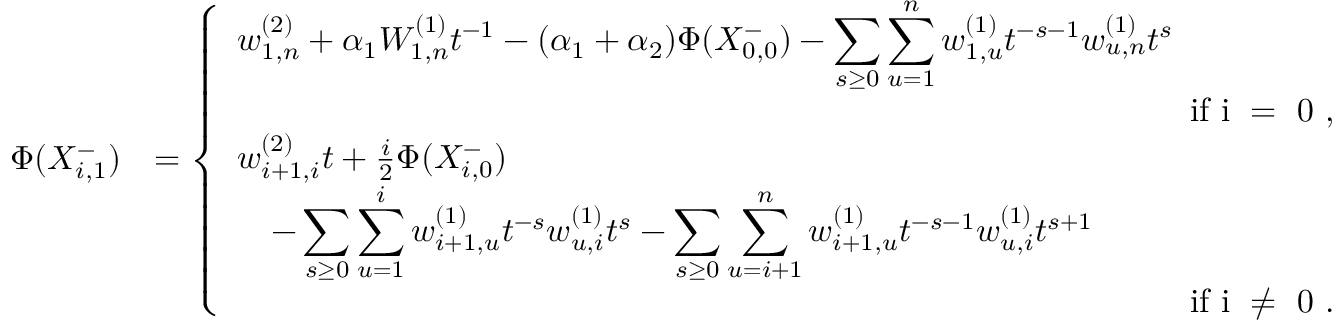
\begin{array} { r l } { \Phi ( X _ { i , 1 } ^ { - } ) } & { = \left\{ \begin{array} { l l } { w _ { 1 , n } ^ { ( 2 ) } + \alpha _ { 1 } W _ { 1 , n } ^ { ( 1 ) } t ^ { - 1 } - ( \alpha _ { 1 } + \alpha _ { 2 } ) \Phi ( X _ { 0 , 0 } ^ { - } ) - \displaystyle \sum _ { s \geq 0 } \displaystyle \sum _ { u = 1 } ^ { n } w _ { 1 , u } ^ { ( 1 ) } t ^ { - s - 1 } w _ { u , n } ^ { ( 1 ) } t ^ { s } } \\ { \qquad \qquad \qquad \qquad \qquad \qquad \qquad \qquad \qquad \qquad \qquad \qquad \qquad \qquad \mathrm { ~ i f ~ i ~ = ~ 0 ~ } , } \\ { w _ { i + 1 , i } ^ { ( 2 ) } t + \frac { i } { 2 } \Phi ( X _ { i , 0 } ^ { - } ) } \\ { \quad - \displaystyle \sum _ { s \geq 0 } \displaystyle \sum _ { u = 1 } ^ { i } w _ { i + 1 , u } ^ { ( 1 ) } t ^ { - s } w _ { u , i } ^ { ( 1 ) } t ^ { s } - \displaystyle \sum _ { s \geq 0 } \displaystyle \sum _ { u = i + 1 } ^ { n } w _ { i + 1 , u } ^ { ( 1 ) } t ^ { - s - 1 } w _ { u , i } ^ { ( 1 ) } t ^ { s + 1 } } \\ { \qquad \qquad \qquad \qquad \qquad \qquad \qquad \qquad \qquad \qquad \qquad \qquad \qquad \qquad \mathrm { ~ i f ~ i ~ \neq ~ 0 ~ } . } \end{array} \right. } \end{array}